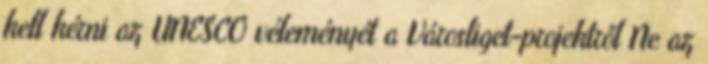
kell kérni az UNESCO véleményét a Városliget-projektről Ne az